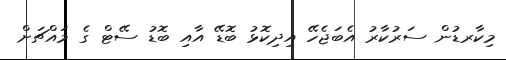
މިކާރޑުން ސަރުކާރު އެބަޖެހޭ އިިދިކޮޅު ބޮޑޭ އާއި ބޮޑު ސޭޓް ގެ މައްޗަށް